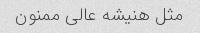
مثل هنیشه عالی ممنون